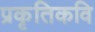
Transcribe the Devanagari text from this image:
प्रकृतिकवि